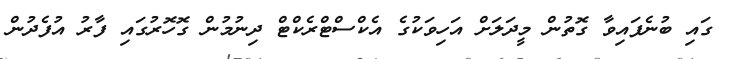
ގައި ބުނެފައިވާ ގޮތުން މީދަލަށް އަހިވަކުގެ އެކްސްޓްރެކްޓް ދިނުމުން ގޮހޮރުގައި ފާރު އުފެދުން